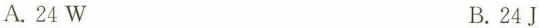
A.24W B.24J